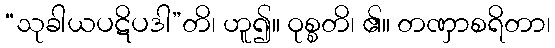
“သုခါယပဋိပဒါ”တိ၊ ဟူ၍။ ဝုစ္စတိ၊ ၏။ တဏှာစရိတာ၊